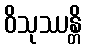
ဝိသုဿန္တိ